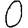
Digit: 0